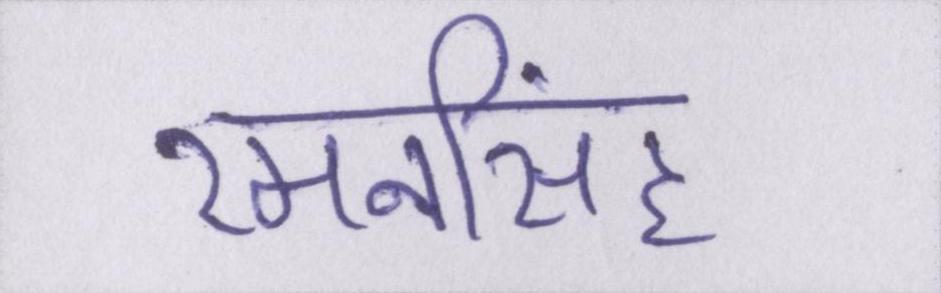
रमनसिंह